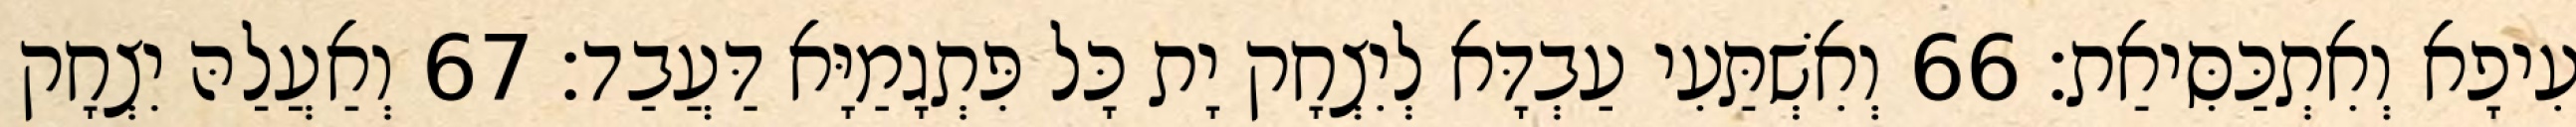
עִיפָא וְאִתְכַּסִּיאַת׃ 66 וְאִשְׁתַּעִי עַבְדָּא לְיִצְחָק יָת כָּל פִּתְגָמַיָּא דַּעֲבַד׃ 67 וְאַעֲלַהּ יִצְחָק